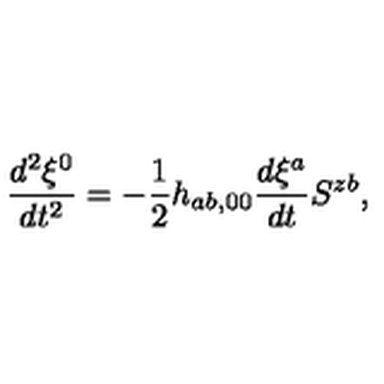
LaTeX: \frac { d ^ { 2 } \xi ^ { 0 } } { d t ^ { 2 } } = - \frac { 1 } { 2 } h _ { a b , 0 0 } \frac { d \xi ^ { a } } { d t } S ^ { z b } ,